Document type: Sale
Year: 1209
Scribe: Arnau de Torre
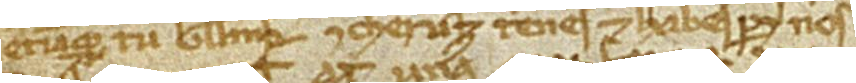
etiamque tu Guillelmus Cheruz tenes et habes per nos